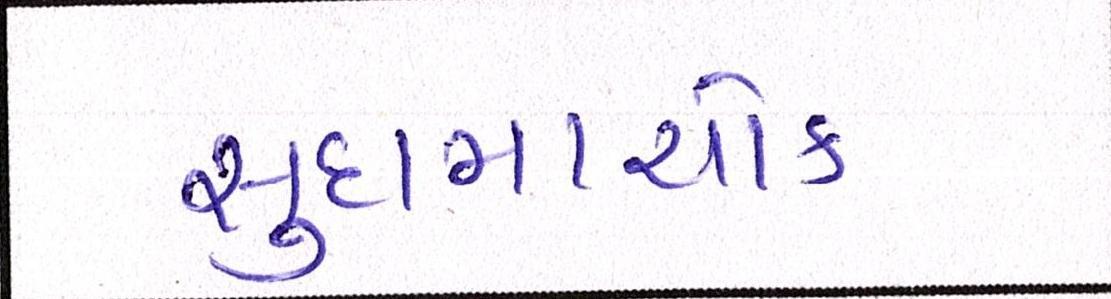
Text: સુદામાચોક